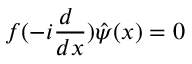
f ( - i \frac { d ~ } { d x } ) \hat { \psi } ( x ) = 0